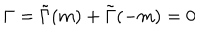
\Gamma = \tilde { \Gamma } ( m ) + \tilde { \Gamma } ( - m ) = 0